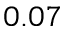
0 . 0 7